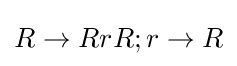
R\to RrR;r\to R